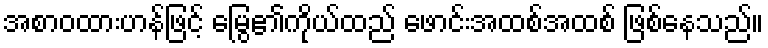
အစာဝထားဟန်ဖြင့် မြွေ၏ကိုယ်ထည် ဖောင်းအထစ်အထစ် ဖြစ်နေသည်။